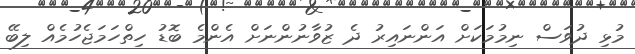
މުޅި ދުވަސް ނިމުމަކަށް އަންނައިރު ދެ ޒުވާނުންނަށް އެންމެ ބޮޑު ހިތްހަމަޖެހުމެއް ލިބޭ